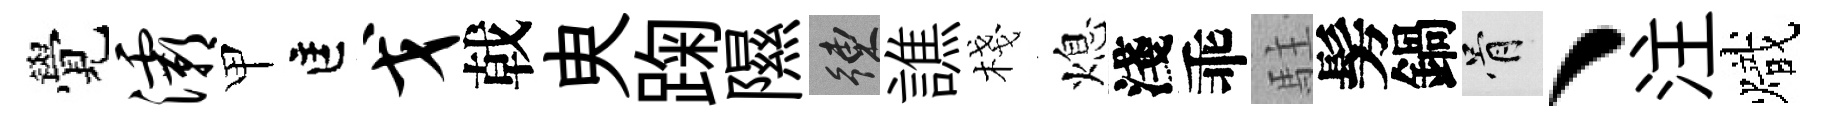
覺灞甲匡戈戟㬰踘隰練譙棧熄淺乖駐髣鍋骨、注熾